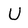
Character: U